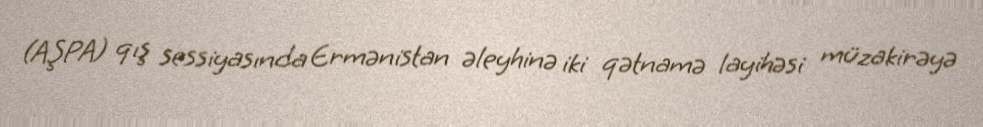
(AŞPA) qış sessiyasında Ermənistan əleyhinə iki qətnamə layihəsi müzakirəyə